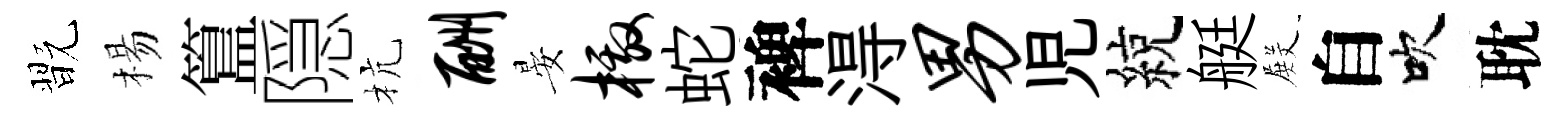
翫楊簋隠杭酬晏檄蛇裨淂男児綂艇𭮺自吹耽